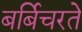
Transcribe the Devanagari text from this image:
बर्बिचरते